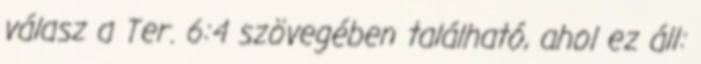
válasz a Ter. 6:4 szövegében található, ahol ez áll: